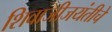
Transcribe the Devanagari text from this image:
शिवाजीजयंतीचे